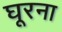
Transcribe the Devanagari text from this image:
घूरना